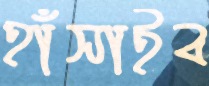
হাঁসাইব